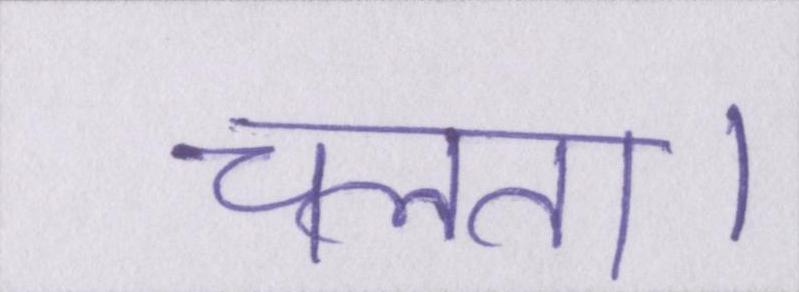
चलता।